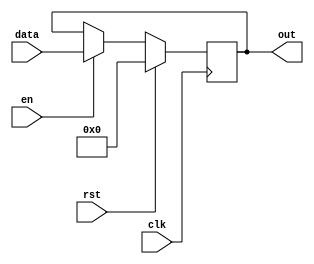
/*
   This file was generated automatically by the Mojo IDE version B1.3.6.
   Do not edit this file directly. Instead edit the original Lucid source.
   This is a temporary file and any changes made to it will be destroyed.
*/

module registerSetup_19 (
    input clk,
    input en,
    input rst,
    input [31:0] data,
    output reg [31:0] out
  );
  
  
  
  reg [31:0] M_regs_d, M_regs_q = 1'h0;
  
  always @* begin
    M_regs_d = M_regs_q;
    
    if (en == 1'h1) begin
      M_regs_d = data;
    end else begin
      M_regs_d = M_regs_q;
    end
    out = M_regs_q;
  end
  
  always @(posedge clk) begin
    if (rst == 1'b1) begin
      M_regs_q <= 1'h0;
    end else begin
      M_regs_q <= M_regs_d;
    end
  end
  
endmodule